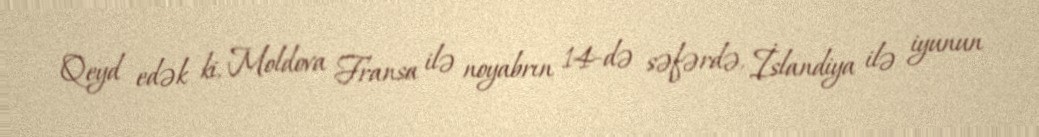
Qeyd edək ki, Moldova Fransa ilə noyabrın 14-də səfərdə, İslandiya ilə iyunun